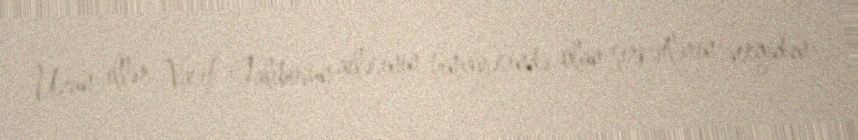
Uzun illər Vasif Talıbovun ailəsinin himayəsində olan şirkətlərin vergidən